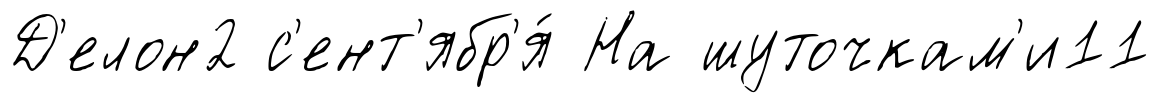
Д'елон2 с'ент'ябр'я́ На шуточкам'и11